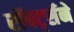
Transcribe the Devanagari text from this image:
रॉबर्ट्सने